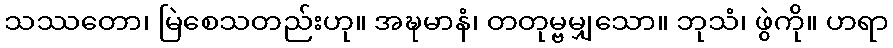
သဿတော၊ မြဲစေသတည်းဟု။ အဍ္ဎမာနံ၊ တတုမ္ဗမျှသော။ ဘုသံ၊ ဖွဲကို။ ဟရာ